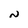
Character: n